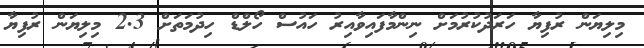
މިލިޔަން ރުފިޔާ ހަރަދުކުރުމަށް ނިންމާފައިވާއިރު ހައުސް ހޯލްޑް ހިދުމަތަށް 2.3 މިލިޔަން ރުފިޔާ